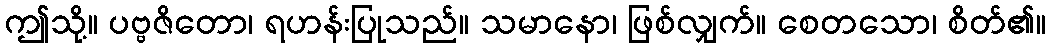
ဤသို့။ ပဗ္ဗဇိတော၊ ရဟန်းပြုသည်။ သမာနော၊ ဖြစ်လျှက်။ စေတသော၊ စိတ်၏။